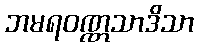
ဘမရဝဏ္ဏသာဒိသာ